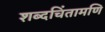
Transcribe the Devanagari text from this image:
शब्दचिंतामणि